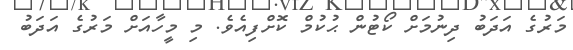
މަރުގެ އަދަބު ދިނުމަށް ކޯޓުން ޙުކުމް ކޮށްފިއެވެ. މި މީހާއަށް މަރުގެ އަދަބު